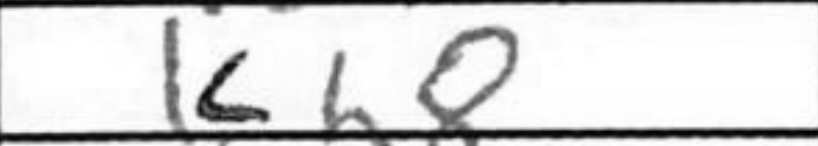
Transcription: Kh8